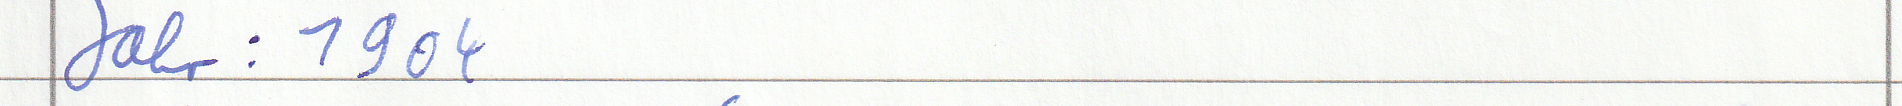
Jahr: 1904